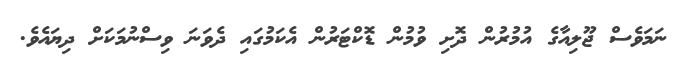
ނަމަވެސް ޖޫލިއާގެ އުމުރުން ދޮށި ވުމުން ޑޮކްޓަރުން އެކަމުގައި ދެވަނަ ވިސްނުމަކަށް ދިޔައެވެ.